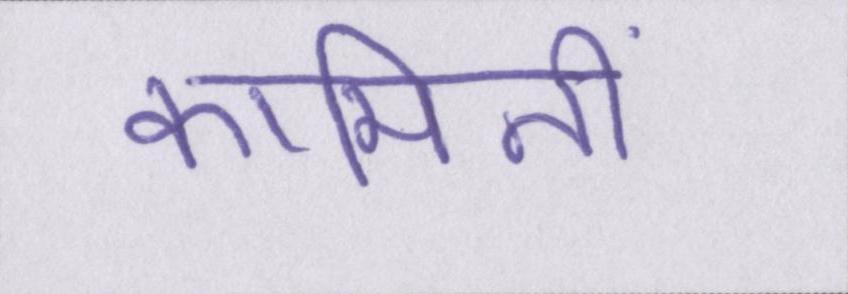
कामिनी